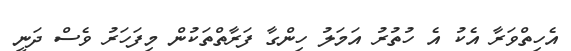
އެހިތްވަރާ އެކު އެ ހުތުރު އަމަލު ހިންގާ ފަރާތްތަކުން މިފަހަރު ވެސް ދަނީ